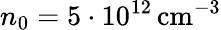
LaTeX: n_{0}=5\cdot 10^{12}\, \mathrm{{cm}^{-3}}